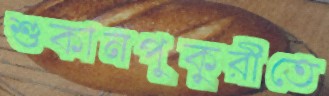
শুকানপুকুরীতে